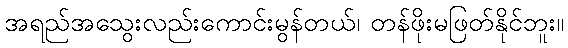
အရည်အသွေးလည်းကောင်းမွန်တယ်၊ တန်ဖိုးမဖြတ်နိုင်ဘူး။